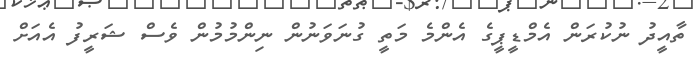
ތާއީދު ނުކުރަން އެމްޑީޕީގެ އެންމެ މަތީ ގުނަވަނުން ނިންމުމުން ވެސް ޝަރީފު އެއަށް